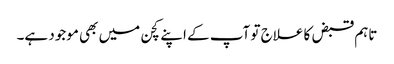
تاہم قبض کا علاج تو آپ کے اپنے کچن میں بھی موجود ہے۔